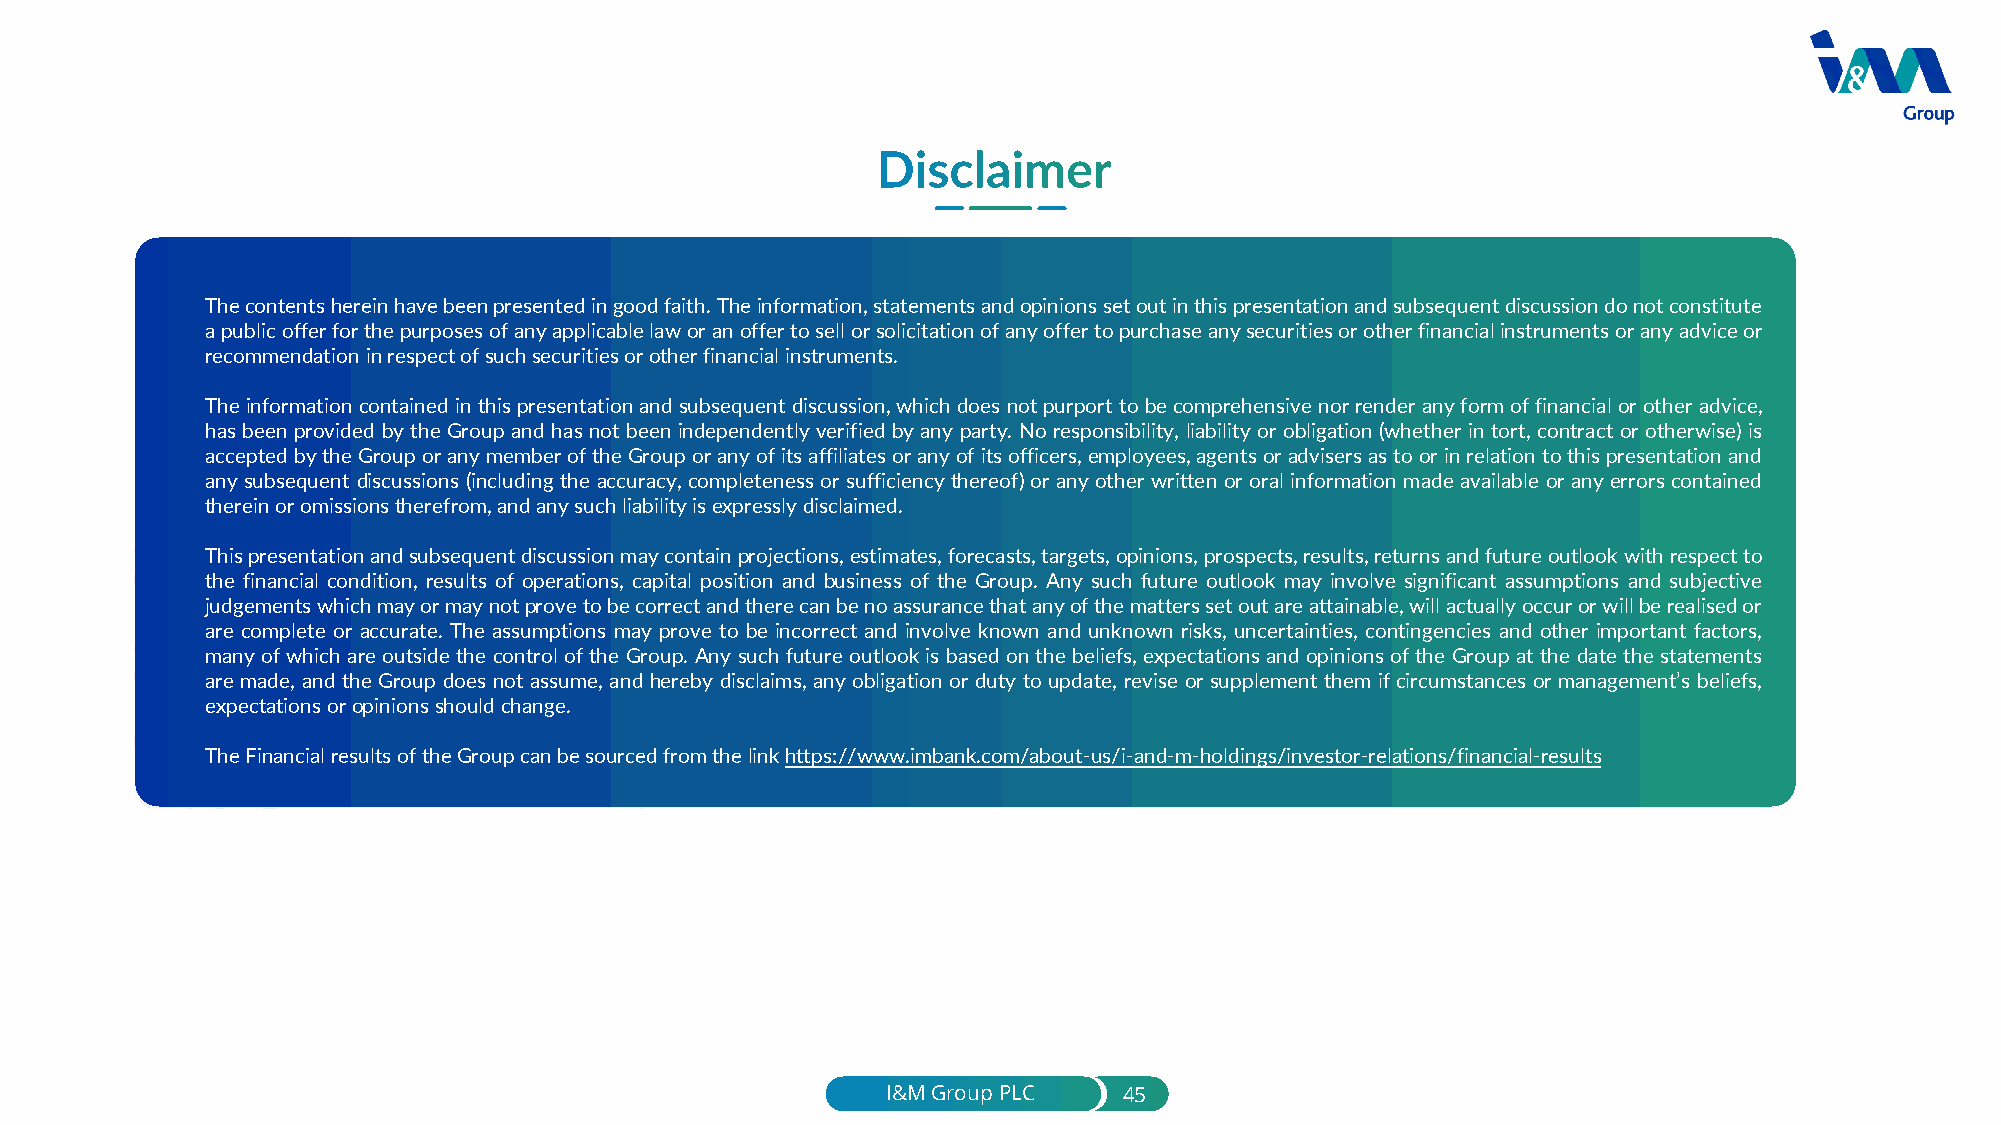
Thecontentshereinhavebeenpresentedingoodfaith.Theinformation,statementsandopinionssetoutinthispresentationandsubsequentdiscussiondonotconstitute
 apublicofferforthepurposesofanyapplicablelaworanoffertosellorsolicitationofanyoffertopurchaseanysecuritiesorotherfinancialinstrumentsoranyadviceor
 recommendationinrespectofsuchsecuritiesorotherfinancialinstruments.
 Theinformationcontainedinthispresentation andsubsequent discussion,whichdoes notpurporttobecomprehensivenorrenderanyformoffinancialorother advice,
 has been provided by the Group and has not been independently verified by any party. No responsibility, liability or obligation (whether in tort, contract or otherwise) is
 acceptedbytheGrouporanymemberoftheGrouporanyofitsaffiliatesoranyofitsofficers,employees,agentsoradvisersastoorinrelationtothispresentationand
 any subsequent discussions (including the accuracy, completeness or sufficiency thereof)orany other writtenororal information made available or any errors contained
 thereinoromissionstherefrom,andanysuchliabilityisexpresslydisclaimed.
 Thispresentationandsubsequentdiscussionmaycontainprojections,estimates,forecasts,targets,opinions,prospects,results,returnsandfutureoutlookwithrespectto
 the financial condition, results of operations, capital position and business of the Group. Any such future outlook may involve significant assumptions and subjective
 judgementswhichmayormaynotprovetobecorrectandtherecanbenoassurancethatanyofthematterssetoutareattainable,willactuallyoccurorwillberealisedor
 are complete or accurate. The assumptions may prove to be incorrect and involve known and unknown risks, uncertainties, contingencies and other important factors,
 many ofwhich are outside the control ofthe Group. Any suchfuture outlookis basedonthe beliefs, expectations andopinions ofthe Group at the date the statements
 are made, and the Group does not assume, and hereby disclaims, any obligation or duty to update, revise orsupplement them if circumstances or management’s beliefs,
 expectationsoropinionsshouldchange.
 TheFinancialresultsoftheGroupcanbesourcedfromthelinkhttps://www.imbank.com/about-us/i-and-m-holdings/investor-relations/financial-results
 I&M Group PLC  45